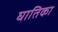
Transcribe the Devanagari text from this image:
घातिका